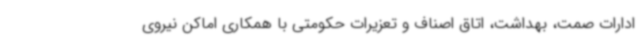
ادارات صمت، بهداشت، اتاق اصناف و تعزیرات حکومتی با همکاری اماکن نیروی